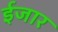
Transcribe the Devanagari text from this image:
ईजार